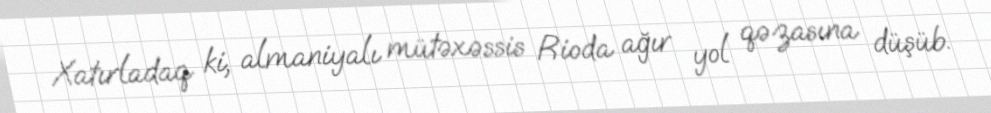
Xatırladaq ki, almaniyalı mütəxəssis Rioda ağır yol qəzasına düşüb.